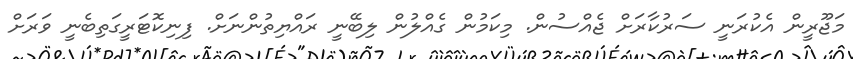
މަޖޫރީން އެކުރަނީ ސަރުކާރަށް ޖެއްސުން. މިކަމުން ގެއްލުން ލިބޭނީ ރައްޔިތުންނަށް. ފިނިކޮޓަރީގަތިބެނީ ވަރަށް